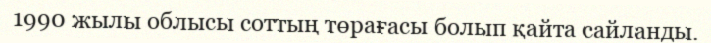
1990 жылы облысы соттың төрағасы болып қайта сайланды.